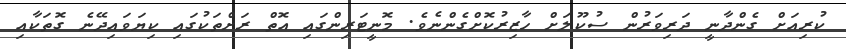
ކުރިއަށް ގެންދާނީ ދަރިވަރުން ސުކޫލަށް ހާޒިރުކޮށްގެންނެވެ. މޮނީޓަރިންގައި އޮތް ރަށްތަކުގައި ކިޔަވައިދޭނެ ގޮތަކާއި